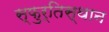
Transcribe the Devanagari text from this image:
स्फुर्तिस्थान